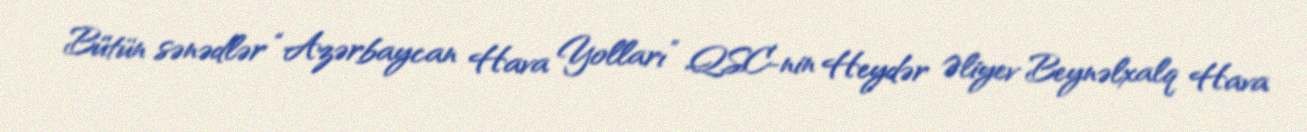
Bütün sənədlər “Azərbaycan Hava Yolları” QSC-nin Heydər Əliyev Beynəlxalq Hava